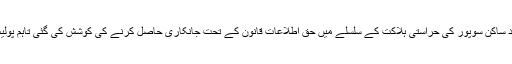
رپورٹ کے مطابق ’شمالی کشمیر کے ناظم رشید ساکن سوپور کی حراستی ہلاکت کے سلسلے میں حق اطلاعات قانون کے تحت جانکاری حاصل کرنے کی کوشش کی گئی تاہم پولیس نے اس ضمن میں تفصیلات فراہم نہیں کئے ‘۔